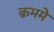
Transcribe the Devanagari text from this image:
क्रममे